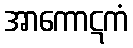
အာကောဋကံ